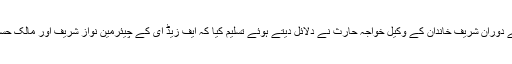
سماعت کے دوران شریف خاندان کے وکیل خواجہ حارث نے دلائل دیتے ہوئے تسلیم کیا کہ ایف زیڈ ای کے چیئرمین نواز شریف اور مالک حسن نواز ہیں۔